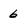
Character: 6